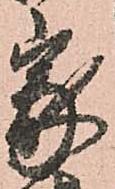
家